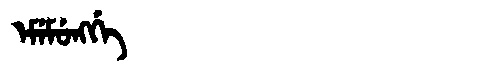
Manchu: ᡝᠮᡝᠮᡠᠩᡤᡝ
Romanization: EMEMUNGGE